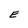
Character: E